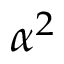
\alpha ^ { 2 }